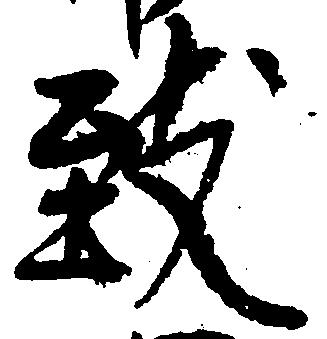
致